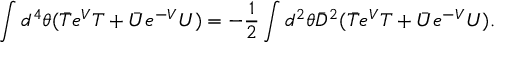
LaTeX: \int d ^ { 4 } \theta ( \bar { T } e ^ { V } T + \bar { U } e ^ { - V } U ) = - \frac { 1 } { 2 } \int d ^ { 2 } \theta \bar { D } ^ { 2 } ( \bar { T } e ^ { V } T + \bar { U } e ^ { - V } U ) .